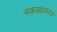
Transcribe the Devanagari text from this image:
नकाशांमध्ये